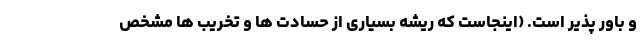
و باور پذیر است. (اینجاست که ریشه بسیاری از حسادت ها و تخریب ها مشخص